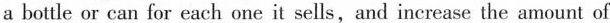
a bottle or can for each one it sells,and increase the amount of